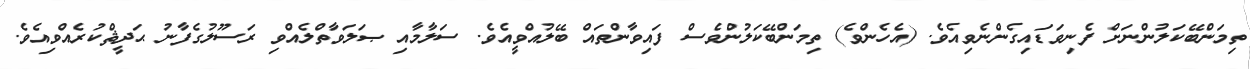
ތިމަންބޭކަލުންނަށް ފެނިވަޑައިގެންނެވިއެވެ. (އެހެންވެ) ތިމަންބޭކަލުންވެސް ފައިވާންތައް ބޭލުއްވީއެވެ. ސަލާމާއި ޞަލަވާތްލެއްވި ރަސޫލުގެފާނު ޙަދީޘްކުރެއްވިއެވެ.